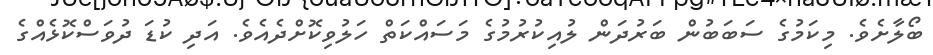
ބޯލާށެވެ. މިކަމުގެ ސަބަބުން ބަރުދަން ލުއިކުރުމުގެ މަސައްކަތް ހަލުވިކޮށްދެއެވެ. އަދި ކުޑަ ދުވަސްކޮޅެއްގެ